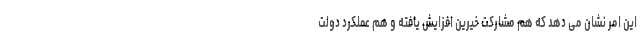
این امر نشان می دهد که هم مشارکت خیرین افزایش یافته و هم عملکرد دولت